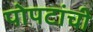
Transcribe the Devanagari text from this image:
पोपटांची